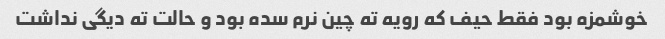
خوشمزه بود فقط حیف که رویه ته چین نرم سده بود و حالت ته دیگی نداشت